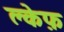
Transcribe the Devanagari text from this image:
क्लेफ़